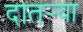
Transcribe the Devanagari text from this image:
दातर्‍या